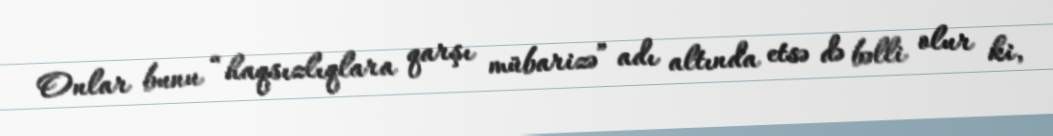
Onlar bunu “haqsızlıqlara qarşı mübarizə” adı altında etsə də bəlli olur ki,